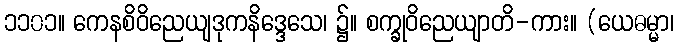
၁၁၀၁။ ကေနစိဝိညေယျဒုကနိဒ္ဒေသေ၊ ၌။ စက္ခုဝိညေယျာတိ-ကား။ (ယေဓမ္မာ၊